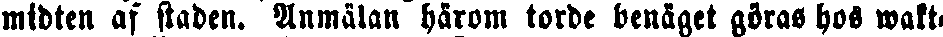
midten af staden. Anmälan härom torde benäget göras hos wakt-